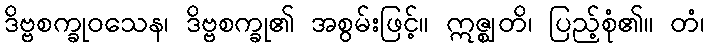
ဒိဗ္ဗစက္ခုဝသေန၊ ဒိဗ္ဗစက္ခု၏ အစွမ်းဖြင့်။ ဣဇ္ဈတိ၊ ပြည့်စုံ၏။ တံ၊